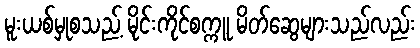
မူးယစ်မှုစသည့် မိုင်းကိုင်စက္ကူ မိတ်ဆွေများသည်လည်း